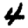
Digit: 4